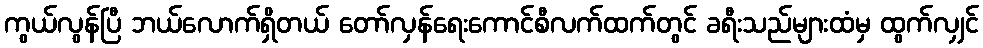
ကွယ်လွန်ပြီ ဘယ်လောက်ရှိတယ် တော်လှန်ရေးကောင်စီလက်ထက်တွင် ခရီးသည်များထံမှ ထွက်လျှင်